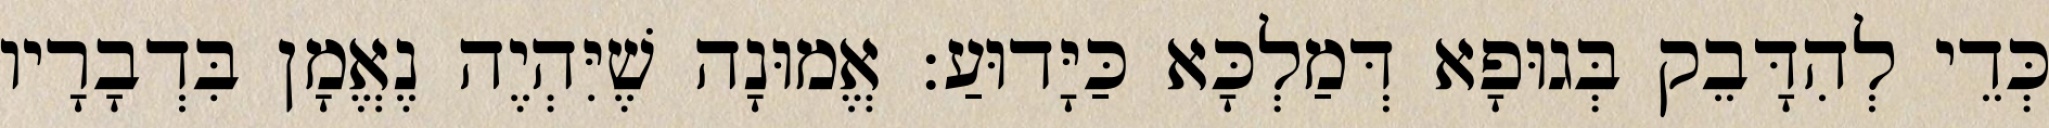
כְּדֵי לְהִדָּבֵק בְּגוּפָא דְּמַלְכָּא כַּיָּדוּעַ: אֱמוּנָה שֶׁיִּהְיֶה נֶאֱמָן בִּדְבָרָיו